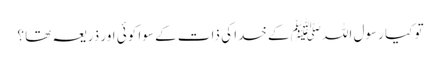
تو کیا رسول اللہﷺ کے خدا کی ذات کے سوا کوئی اور ذریعہ تھا ؟